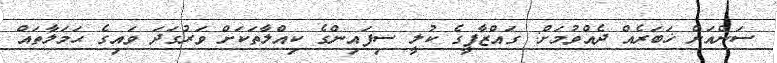
ސަންއަށް ޚަބަރެއް ދެއްވުމަށް: ގައްޒާފީގެ ކުލީ ސިފައިންގެ ކިއްލާތަކަށް ވަރުގަދަ ވައިގެ ޙަމަލާތައް